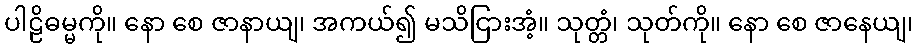
ပါဠိဓမ္မကို။ နော စေ ဇာနာယျ၊ အကယ်၍ မသိငြားအံ့။ သုတ္တံ၊ သုတ်ကို။ နော စေ ဇာနေယျ၊